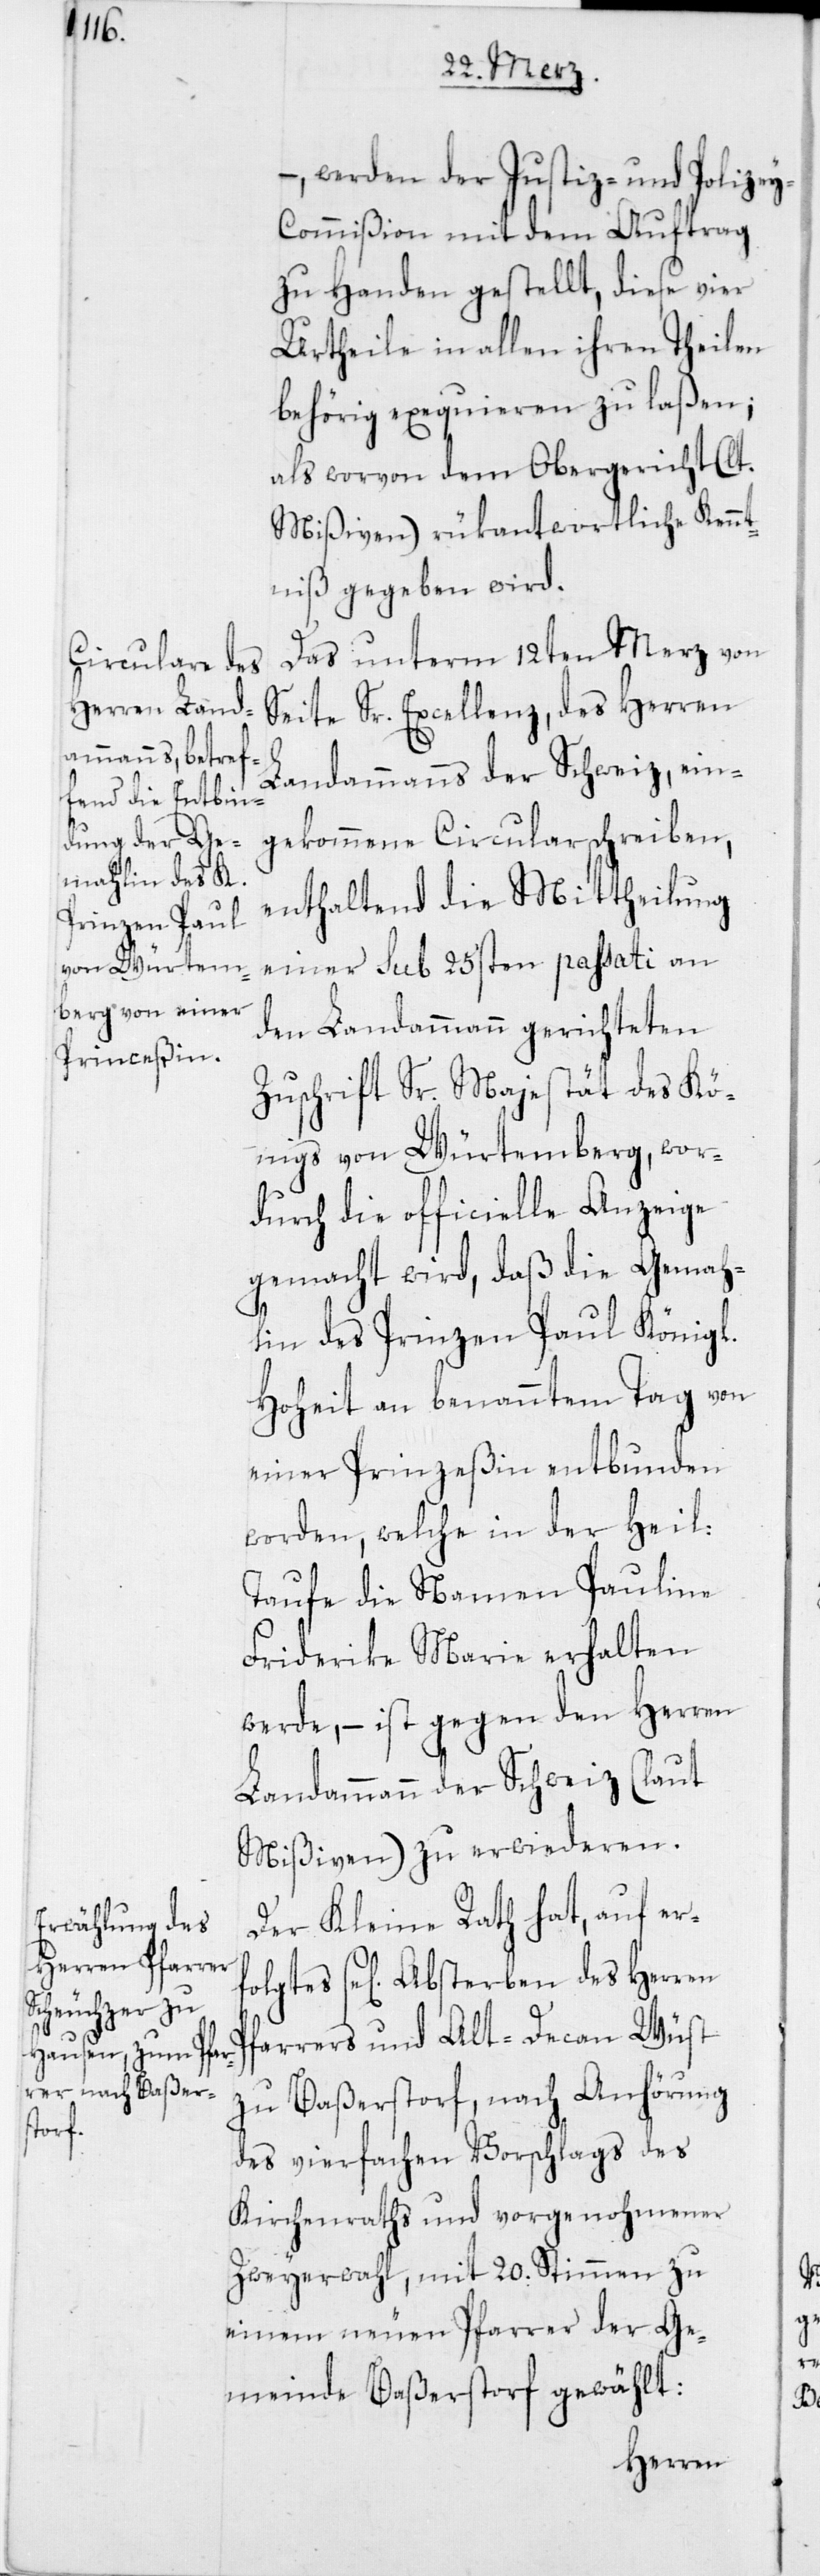
folgtes se[l¬

– werden der Justiz- und Polizey-C¬
ommißion mit dem Auftrag
zu Handen gestellt, diese vier
Urtheile in allen ihren Theilen
behörig exequieren zu laßen;
als worvon dem Obergericht (lt.
Mißiven) rükantwortliche Kennt¬
niß gegeben wird.
Das unterm 12ten Merz von
Seite Sr. Excellenz, des Herren
P¬
Landammanns der Schweiz, ein¬
gekommene Circularschreiben,
enthaltend die Mittheilung
einer sub 25sten passati an
den Landammann gerichteten
Zuschrift Sr. Majestät des Kö¬
nigs von Würtemberg, wor¬
durch die officielle Anzeige
gemacht wird, daß die Gemah¬
lin des Prinzen Paul Königl.
Hoheit an benanntem Tag von
einer Prinzeßin entbunden
worden, welche in der Heil:
Taufe die Namen Pauline
Friderike Marie erhalten
werde, – ist gegen den Herren
Landammann der Schweiz (laut
Mißiven) zu erwiederen.
Der Kleine Rath hat, auf er¬
iges] Absterben des Herren
farrers und Alt-Decan Wüst
zu Baßerstorf, nach Anhörung
des vierfachen Vorschlags des
Kirchenraths und vorgenohmener
Zweyerwahl, mit 20. Stimmen zu
einem neuen Pfarrer der Ge¬
meinde Baßerstorf gewählt: